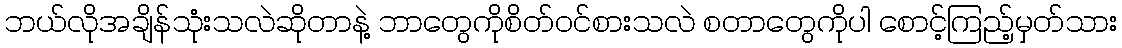
ဘယ်လိုအချိန်သုံးသလဲဆိုတာနဲ့ ဘာတွေကိုစိတ်ဝင်စားသလဲ စတာတွေကိုပါ စောင့်ကြည့်မှတ်သား